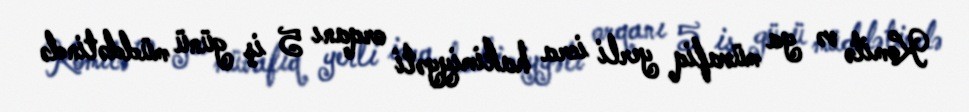
Komitə və ya müvafiq yerli icra hakimiyyəti orqanı 5 iş günü müddətində